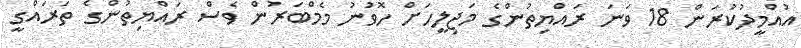
އުއްމީދުކުރަން 18 ވަނަ ރައްޔިތުންގެ މަޖިލީހަށް ހޮވުނު މެމްބަރުން ވެސް ރައްޔިތުންގެ ތަރައްގީ